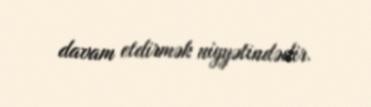
davam etdirmək niyyətindədir.